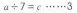
$$a \div 7 = c \cdots \cdots 3$$